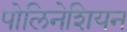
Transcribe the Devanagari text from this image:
पोलिनेशियन